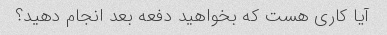
آیا کاری هست که بخواهید دفعه بعد انجام دهید؟